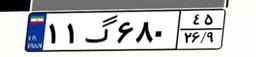
۱۱گ۶۸۰۴۵